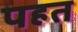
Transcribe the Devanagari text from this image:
पहत